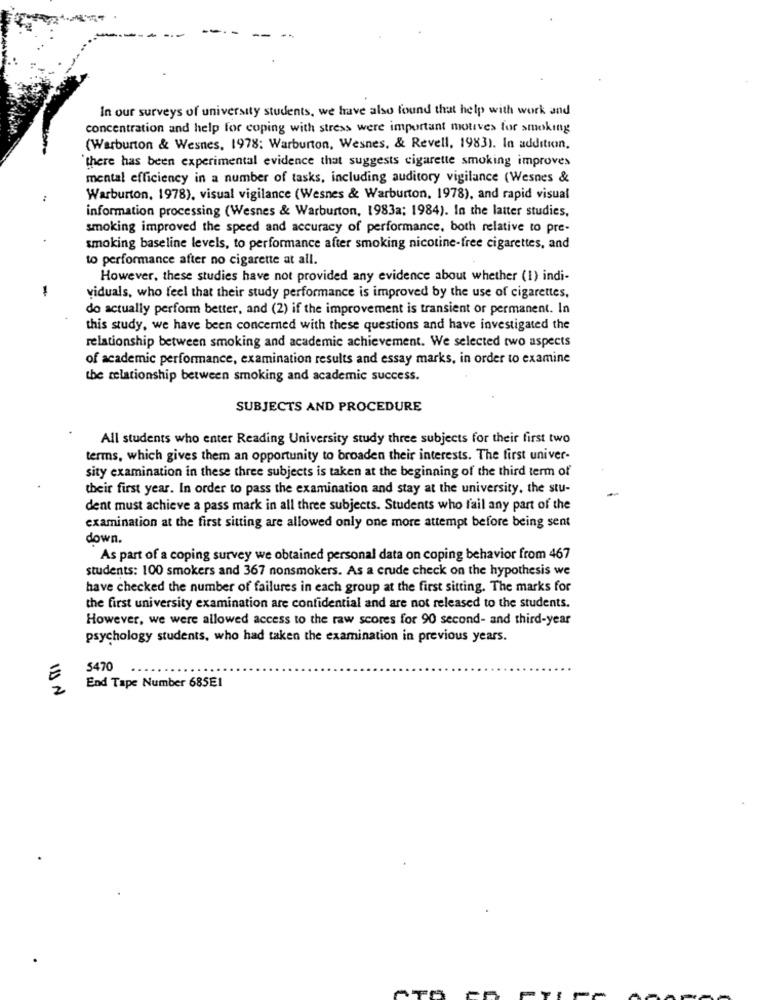
In our surveys of university students, we have also found that help with work and
concentration and help for coping with stress were important motives for smoking
(Warburton & Wesnes, 1978; Warburton, Wesnes, & Revell, 1983). In addition.
there has been experimental evidence that suggests cigarette smoking improves
mental efficiency in a number of tasks, including auditory vigilance (Wesnes &
Warburton, 1978), visual vigilance (Wesnes & Warburton, 1978), and rapid visual
information processing (Wesnes & Warburton, 1983a; 1984). In the latter studies,
smoking improved the speed and accuracy of performance, both relative to pre-
smoking baseline levels, to performance after smoking nicotine-free cigarettes, and
to performance after no cigarette at all.
However, these studies have not provided any evidence about whether (1) indi-
1
viduals, who feel that their study performance is improved by the use of cigarettes,
do actually perform better, and (2) if the improvement is transient or permanent. In
this study, we have been concerned with these questions and have investigated the
relationship between smoking and academic achievement. We selected two aspects
of academic performance, examination results and essay marks, in order to examine
the relationship between smoking and academic success.
SUBJECTS AND PROCEDURE
All students who enter Reading University study three subjects for their first two
terms, which gives them an opportunity to broaden their interests. The first univer-
sity examination in these three subjects is taken at the beginning of the third term of
their first year. In order to pass the examination and stay at the university, the stu-
dent must achieve a pass mark in all three subjects. Students who fail any part of the
examination at the first sitting are allowed only one more attempt before being sent
down.
As part of a coping survey we obtained personal data on coping behavior from 467
students: 100 smokers and 367 nonsmokers. As a crude check on the hypothesis we
have checked the number of failures in each group at the first sitting. The marks for
the first university examination are confidential and are not released to the students.
However, we were allowed access to the raw scores for 90 second- and third-year
psychology students, who had taken the examination in previous years.
5470
...
E
2
End Tape Number 685E1